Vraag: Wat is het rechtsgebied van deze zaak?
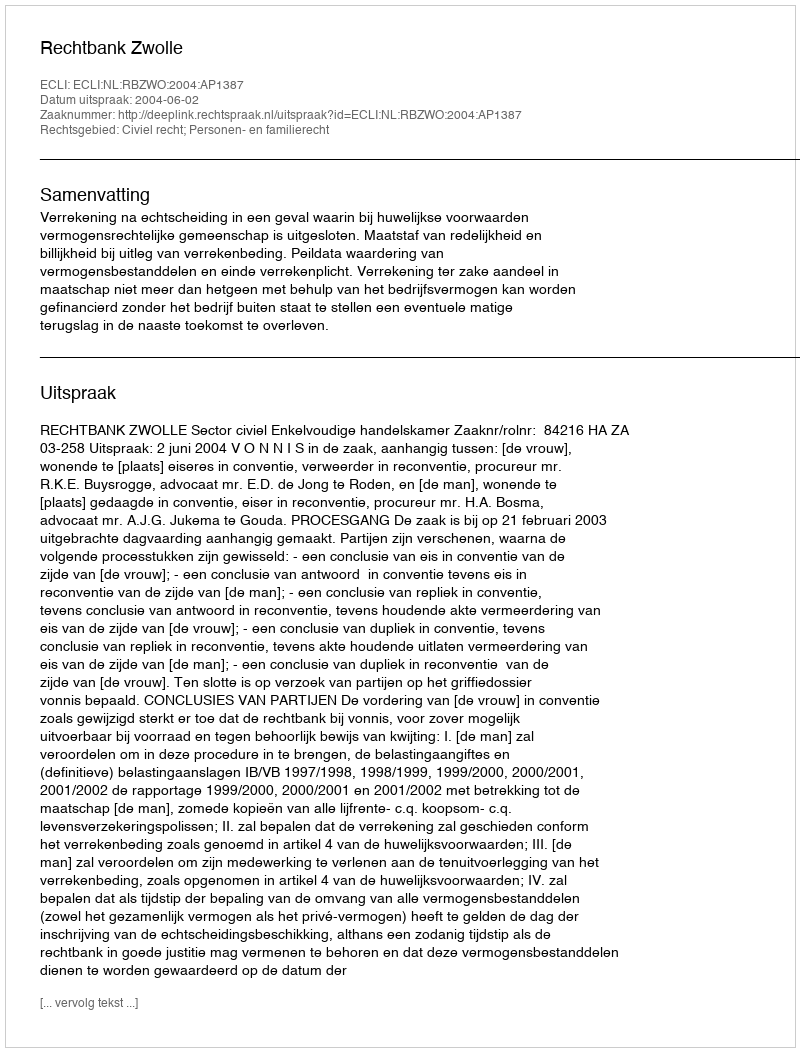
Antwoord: Civiel recht; Personen- en familierecht